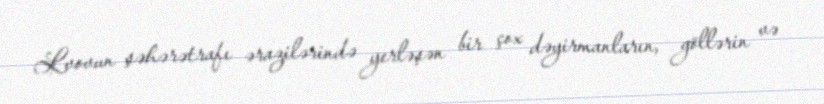
Lvovun şəhərətrafı ərazilərində yerləşən bir çox dəyirmanların, göllərin və